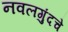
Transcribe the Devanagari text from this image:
नवलगुंदचे